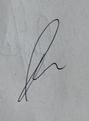
Signature authenticity: genuine